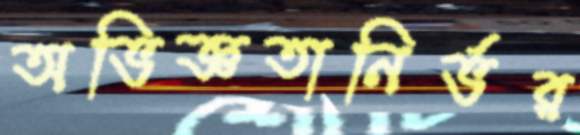
অভিজ্ঞতানির্ভর